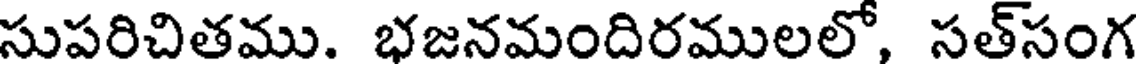
సుపరిచితము. భజనమందిరములలో, సత్సంగ